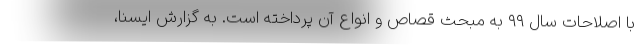
با اصلاحات سال ۹۹ به مبحث قصاص و انواع آن پرداخته است. به گزارش ایسنا،